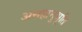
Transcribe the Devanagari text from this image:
असहानुभूति